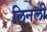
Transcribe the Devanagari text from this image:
लिनली